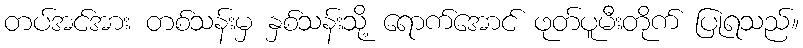
တပ်အင်အား တစ်သန်းမှ နှစ်သန်းသို့ ရောက်အောင် ဖုတ်ပူမီးတိုက် ပြုရသည်။